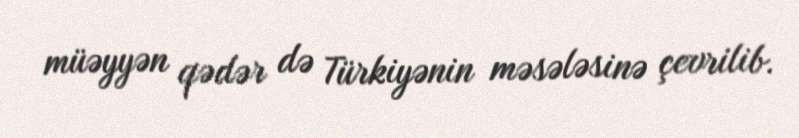
müəyyən qədər də Türkiyənin məsələsinə çevrilib.